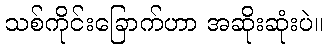
သစ်ကိုင်းခြောက်ဟာ အဆိုးဆုံးပဲ။